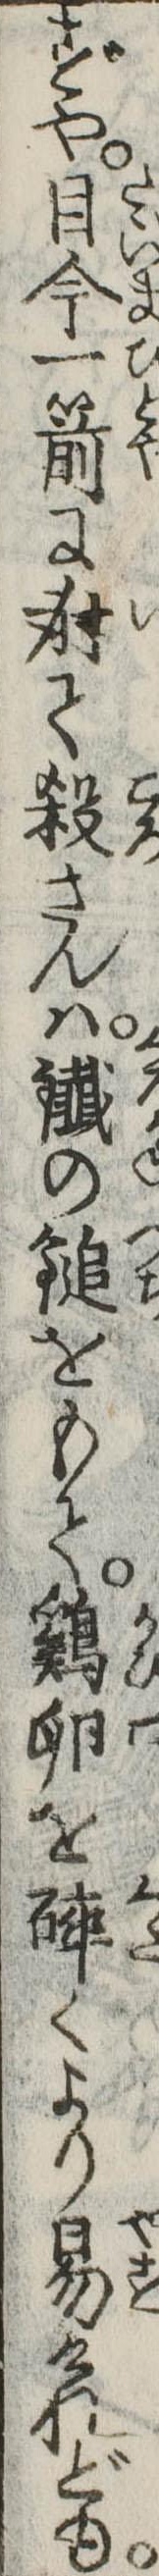
ずや目今一箭に射て殺さんはの鎚をもて鶏卵を砕くより易けれども